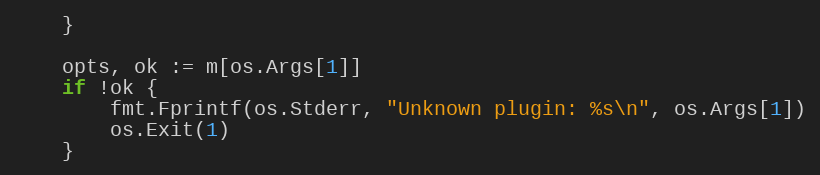
Language: Go
	}

	opts, ok := m[os.Args[1]]
	if !ok {
		fmt.Fprintf(os.Stderr, "Unknown plugin: %s\n", os.Args[1])
		os.Exit(1)
	}